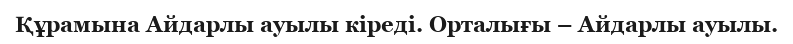
Құрамына Айдарлы ауылы кіреді. Орталығы – Айдарлы ауылы.